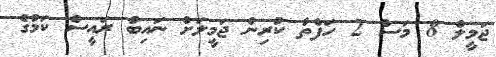
ޖަމީލް 8 މަސް 2 ހަފްތާ ކުރިން ޖަމީލަށް ނައިބު ރައީސް ކަމުގެ